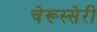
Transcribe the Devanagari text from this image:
चेरूस्सेरी